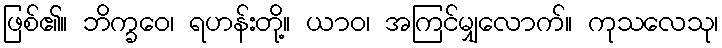
ဖြစ်၏။ ဘိက္ခဝေ၊ ရဟန်းတို့။ ယာဝ၊ အကြင်မျှလောက်။ ကုသလေသု၊